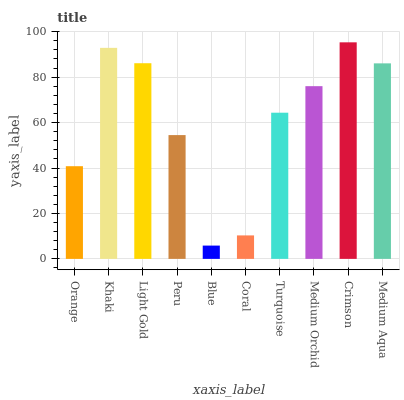
| xaxis_label | bars |
 | --- | --- |
 | Orange | 40.8 |
 | Khaki | 92.9 |
 | Light Gold | 86.1 |
 | Peru | 54.5 |
 | Blue | 5.86 |
 | Coral | 10.3 |
 | Turquoise | 64.4 |
 | Medium Orchid | 76 |
 | Crimson | 95.3 |
 | Medium Aqua | 86.1 |